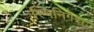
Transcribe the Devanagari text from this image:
स्पिनिगेरा